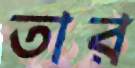
তার